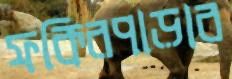
ফকিরপাড়াব